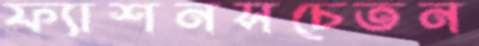
ফ্যাশনসচেতন